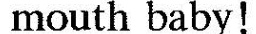
mouth baby!